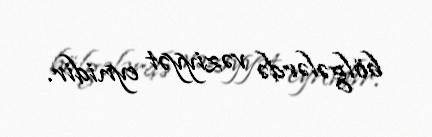
bölgələrdə vəziyyət eynidir.